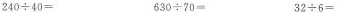
240÷40= 630÷70= 32÷6=